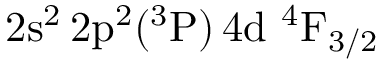
\mathrm { 2 s ^ { 2 } \, 2 p ^ { 2 } ( ^ { 3 } P ) \, 4 d ~ ^ { 4 } F _ { 3 / 2 } }